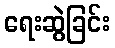
ရေးဆွဲခြင်း